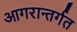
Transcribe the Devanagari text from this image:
आगरान्तर्गत